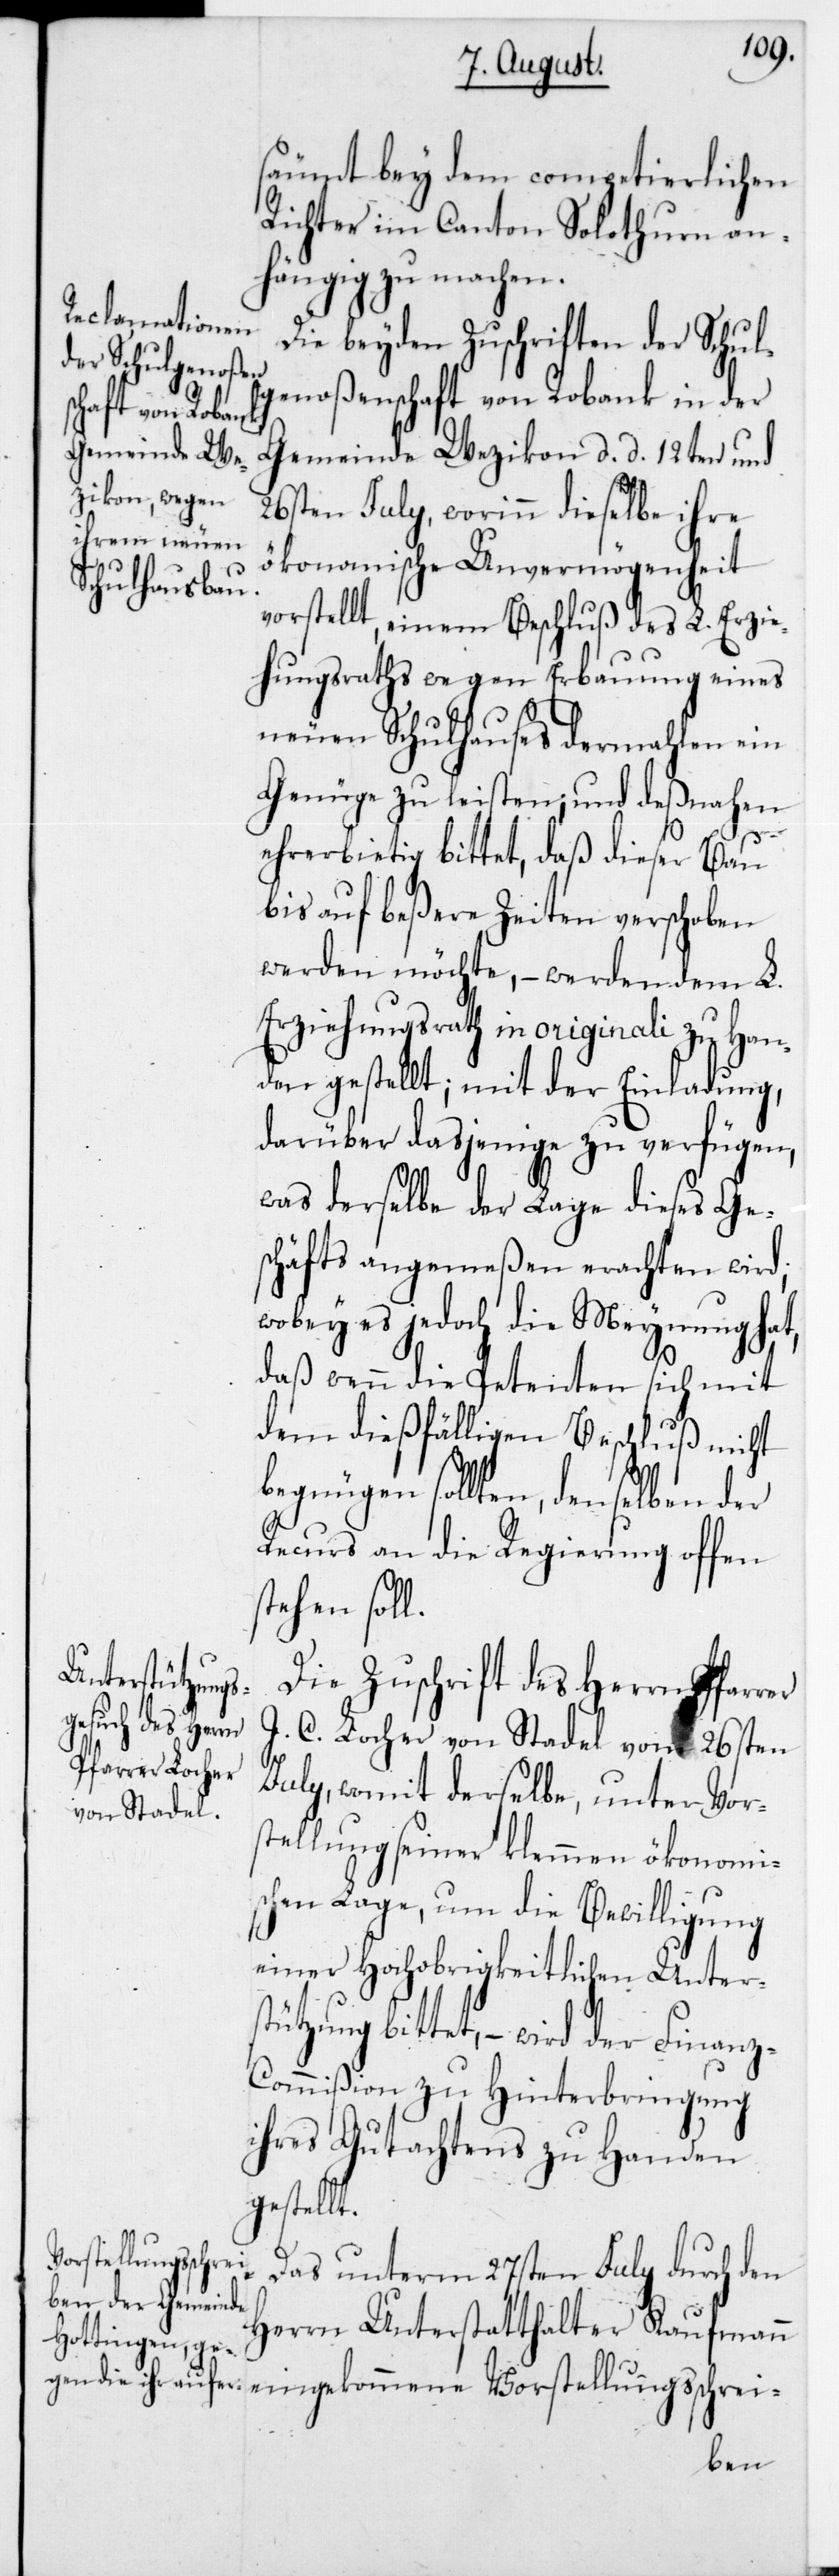
säumt bey dem competierlichen
Richter im Canton Solothurn an¬
hängig zu machen.
Die beyden Zuschriften der Schul¬
genoßenschaft von Robank in der
Gemeinde Wezikon, d. d. 12ten und
26sten July, worinn dieselbe ihre
ökonomische Unvermögenheit
vorstellt, einem Beschluß des L. Erzie¬
hungsraths wegen Erbauung eines
neuen Schulhauses dermahlen ein
Genüge zu leisten; und deßnahen
ehrerbietig bittet, daß dieser Bau
bis auf beßere Zeiten verschoben
werden möchte, – werden dem L.
Erziehungsrath in originali zu Han¬
den gestellt; mit der Einladung,
darüber dasjenige zu verfügen,
was derselbe der Lage dieses Ge¬
schäfts angemeßen erachten wird;
wobey es jedoch die Meynung hat,
daß wenn die Petenten sich mit
dem dießfälligen Beschluß nicht
begnügen sollten, denselben der
Recurs an die Regierung offen
stehen soll.
Die Zuschrift des Herrn Pfarrer
J. C. Locher von Stadel vom 26sten
July, womit derselbe, unter Vor¬
stellung seiner klemmen ökonomi¬
schen Lage, um die Bewilligung
einer Hochobrigkeitlichen Unterst¬
ützung bittet, – wird der Finan¬
z-Commißion zu Hinterbringung
ihres Gutachtens zu Handen
gestellt.
Das unterm 27sten July durch den
Herrn Unterstatthalter Kaufmann
eingekommene Vorstellungsschrei-